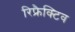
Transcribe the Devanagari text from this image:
रिफ्रैक्टिव